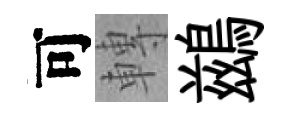
可轉鷀